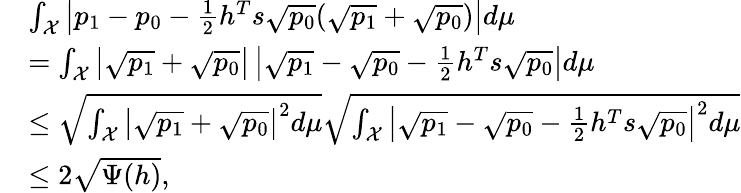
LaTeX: \begin{array}{rl}&{\int_{\mathcal X}\left|p_{1}-p_{0}-\frac 12h^{T}s\sqrt{p_{0}}(\sqrt{p_{1}}+\sqrt{p_{0}})\right|d\mu}\\ &{=\int_{\mathcal X}\left|\sqrt{p_{1}}+\sqrt{p_{0}}\right|\left|\sqrt{p_{1}}-\sqrt{p_{0}}-\frac 12h^{T}s\sqrt{p_{0}}\right|d\mu}\\ &{\le\sqrt{\int_{\mathcal X}\left|\sqrt{p_{1}}+\sqrt{p_{0}}\right|^{2}d\mu}\sqrt{\int_{\mathcal X}\left|\sqrt{p_{1}}-\sqrt{p_{0}}-\frac 12h^{T}s\sqrt{p_{0}}\right|^{2}d\mu}}\\ &{\le 2\sqrt{\Psi(h)},}\end{array}